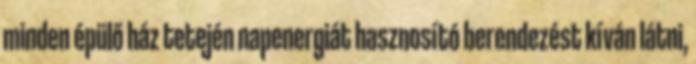
minden épülő ház tetején napenergiát hasznosító berendezést kíván látni,